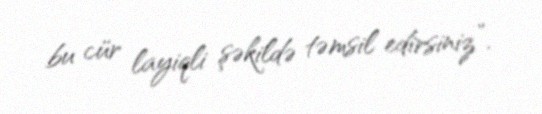
bu cür layiqli şəkildə təmsil edirsiniz”.